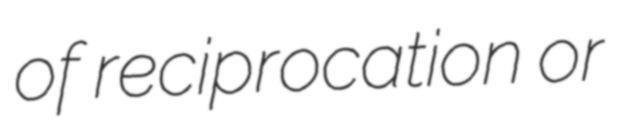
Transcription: of reciprocation or